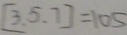
[ 3 . 5 . 7 ] = 1 0 5